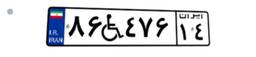
۰۸W۸۲۸۵۳